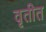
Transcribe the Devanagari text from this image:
वृतीत